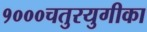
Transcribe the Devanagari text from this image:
१०००चतुरयुगीका